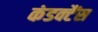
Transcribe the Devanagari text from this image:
कंडक्टैंस